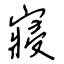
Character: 寢